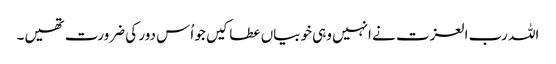
اللہ رب العزت نے انہیں وہی خوبیاں عطا کیں جو اُس دور کی ضرورت تھیں۔